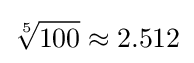
{\sqrt[{5}]{100}}\approx 2.512